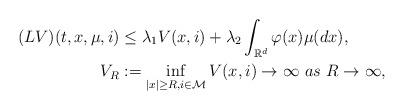
LaTeX: \begin{align*}(LV)(t, x,\mu, i) &\leq \lambda_1 V(x, i) + \lambda_2 \int _{\mathbb R^d} \varphi(x)\mu(dx), \\V_R&:= \inf_{|x|\geq R, i\in \mathcal M}V(x, i)\to \infty ~as~ R\to \infty,\end{align*}